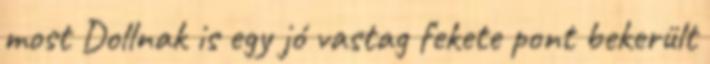
most Dollnak is egy jó vastag fekete pont bekerült